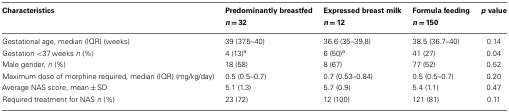
<table><thead><tr><td><b>Characteristics</b></td><td><b>Predominantly breastfed</b></td><td><b>Expressed breast milk</b></td><td><b>Formula feeding</b></td><td><b><i>p</i> value</b></td></tr><tr><td></td><td><b><i>n</i> = 32</b></td><td><b><i>n</i> = 12</b></td><td><b><i>n</i> = 150</b></td><td></td></tr></thead><tbody><tr><td>Gestational age, median (IQR) (weeks)</td><td>39 (37.5–40)</td><td>36.6 (35–39.8)</td><td>38.5 (36.7–40)</td><td>0.14</td></tr><tr><td>Gestation &lt;37 weeks <i>n</i> (%)</td><td>4 (13)<sup>a</sup></td><td>6 (50)<sup>a</sup></td><td>41 (27)</td><td>0.04</td></tr><tr><td>Male gender, <i>n</i> (%)</td><td>18 (58)</td><td>8 (67)</td><td>77 (52)</td><td>0.52</td></tr><tr><td>Maximum dose of morphine required, median (IQR) (mg/kg/day)</td><td>0.5 (0.5–0.7)</td><td>0.7 (0.53–0.84)</td><td>0.5 (0.5–0.7)</td><td>0.20</td></tr><tr><td>Average NAS score, mean ± SD</td><td>5.1 (1.3)</td><td>5.7 (0.9)</td><td>5.4 (1.1)</td><td>0.47</td></tr><tr><td>Required treatment for NAS <i>n</i> (%)</td><td>23 (72)</td><td>12 (100)</td><td>121 (81)</td><td>0.11</td></tr></tbody></table>